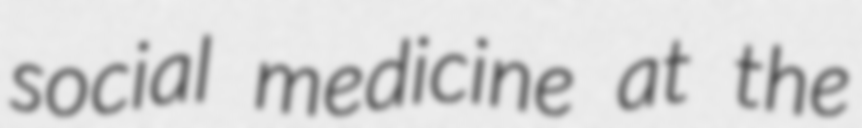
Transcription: social medicine at the